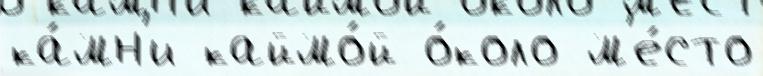
ка́мн'и каймо́й о́коло м'е́сто